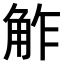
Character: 𧣝